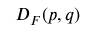
D _ { F } ( p , q )